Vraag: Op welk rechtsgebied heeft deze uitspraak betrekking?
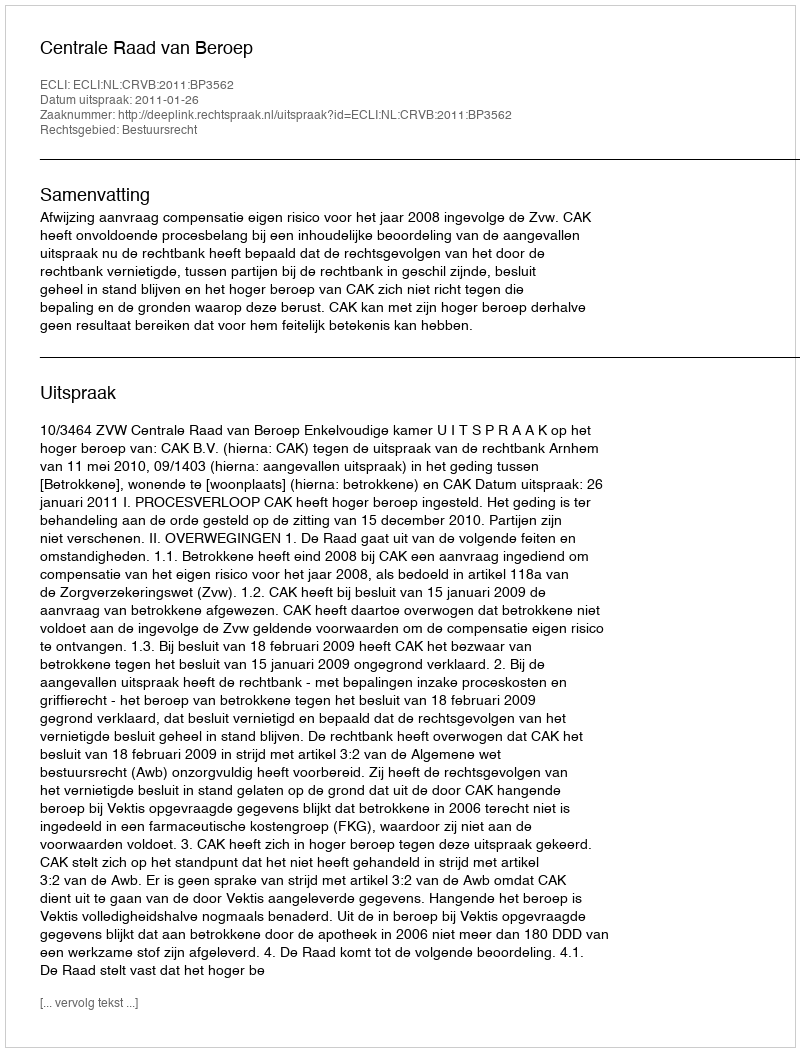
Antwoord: Bestuursrecht